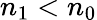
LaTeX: n_{\mathrm{1}}<n_{\mathrm{0}}